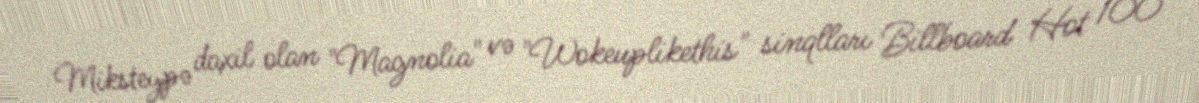
Miksteypə daxil olan "Magnolia" və "Wokeuplikethis" sinqlları Billboard Hot 100